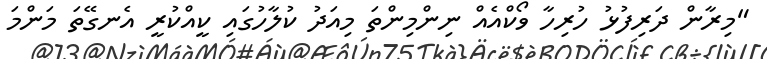
"މިރާން ދަރިފުޅު ހުރިހާ ވޯކްއެއް ނިންމިންތަ މިއަދު ކުލާހުގައި ކީއްކުރީ އެނގޭތަ މަންމަ